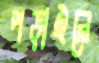
পড়াইলে